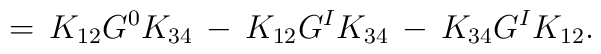
=\,K_{12}G^0K_{34}\,-\,K_{12}G^IK_{34}\,-\,K_{34}G^IK_{12}.